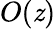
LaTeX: O(\mathit{z})